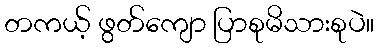
တကယ့် ဖွတ်ကျော ပြာစုမိသားစုပဲ။